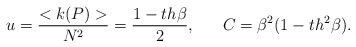
\begin{align*}u=\frac{<k(P)>}{N^2}=\frac{1-th\beta}{2},~~~~~C=\beta^2 (1-th^2 \beta) .\end{align*}